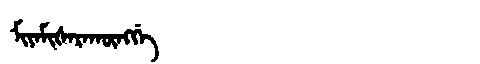
Manchu: ᠮᡳᠶᠠᠮᡳᡧᠠᡵᠠᡴᡡᠩᡤᡝ
Romanization: MIYAMIŠARAKŪNGGE